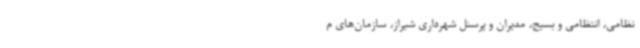
نظامی، انتظامی و بسیج، مدیران و پرسنل شهرداری شیراز، سازمان‌های م